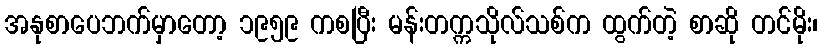
အနုစာပေဘက်မှာတော့ ၁၉၅၉ ကစပြီး မန်းတက္ကသိုလ်သစ်က ထွက်တဲ့ စာဆို တင်မိုး၊